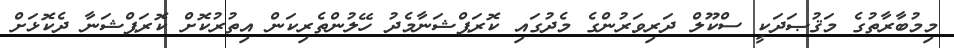
މިމުބާރާތުގެ މަޤުޞަދަކީ ސްކޫލް ދަރިވަރުންގެ މެދުގައި ކޮރަޕްޝަނާމެދު ހޭލުންތެރިކަން އިތުރުކޮށް ކޮރަޕްޝަނާ ދެކޮޅަށް